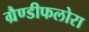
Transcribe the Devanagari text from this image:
ग्रैण्डीफलोरा